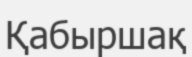
Қабыршақ